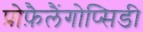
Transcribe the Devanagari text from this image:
प्रोफ़ैलैंगोप्सिडी